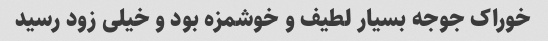
خوراک جوجه بسیار لطیف و خوشمزه بود و خیلی زود رسید